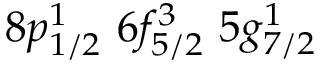
8 p _ { 1 / 2 } ^ { 1 } \, \, 6 f _ { 5 / 2 } ^ { 3 } \, \, 5 g _ { 7 / 2 } ^ { 1 }